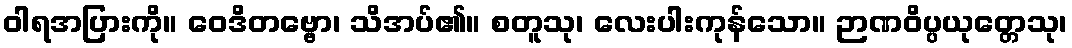
ဝါရအပြားကို။ ဝေဒိတဗ္ဗော၊ သိအပ်၏။ စတူသု၊ လေးပါးကုန်သော။ ဉာဏဝိပ္ပယုတ္တေသု၊